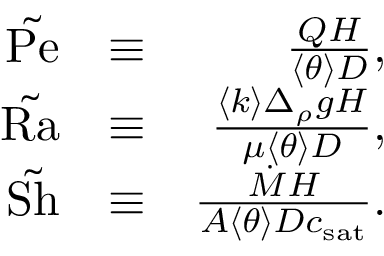
\begin{array} { r l r } { \tilde { \mathrm { P e } } } & { \equiv } & { \frac { Q H } { \left< \theta \right> D } , } \\ { \tilde { \mathrm { R a } } } & { \equiv } & { \frac { \left< k \right> \Delta _ { \rho } g H } { \mu \left< \theta \right> D } , } \\ { \tilde { \mathrm { S h } } } & { \equiv } & { \frac { \dot { M } H } { A \left< \theta \right> D c _ { \mathrm { s a t } } } . } \end{array}